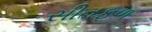
સીતફળ